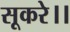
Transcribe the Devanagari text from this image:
सूकरे।।